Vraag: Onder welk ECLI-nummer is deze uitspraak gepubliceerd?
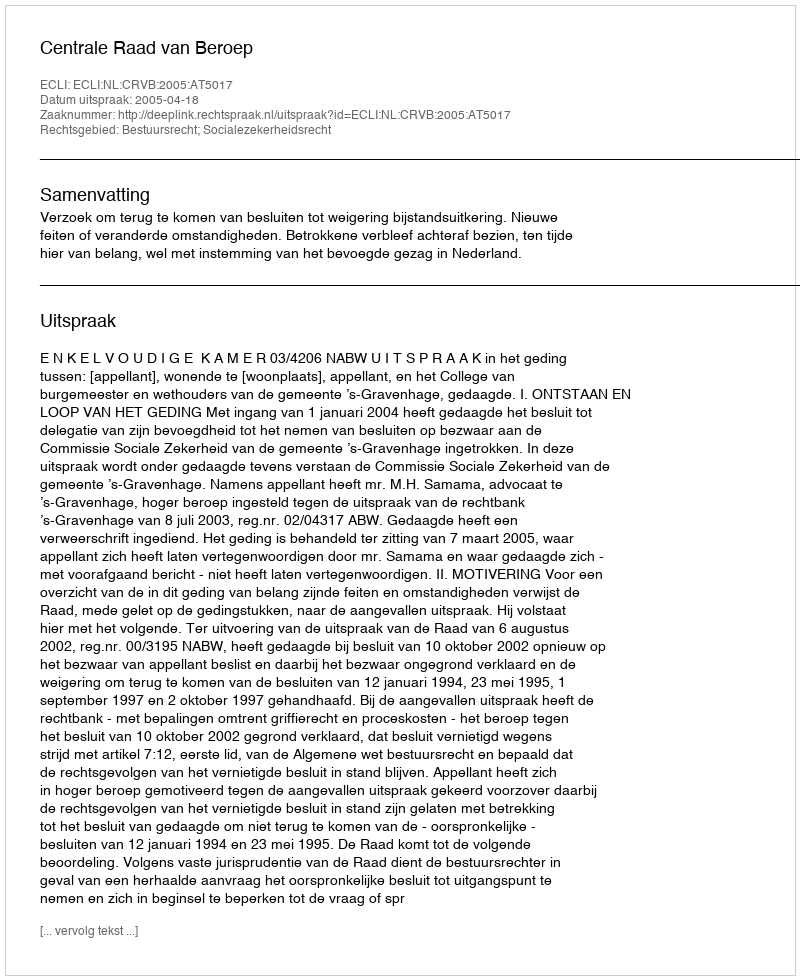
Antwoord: ECLI:NL:CRVB:2005:AT5017